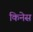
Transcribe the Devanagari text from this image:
किनेस